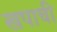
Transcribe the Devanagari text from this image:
खपाची